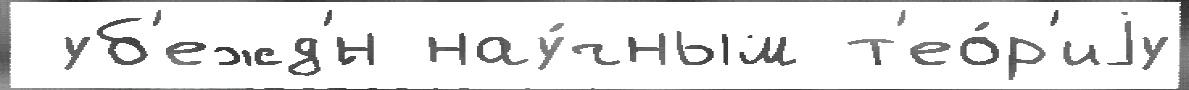
 уб'ежд'́н нау́чным т'ео́р'иjу